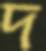
দ